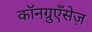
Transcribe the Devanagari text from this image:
कॉनग्रुएँसेज़